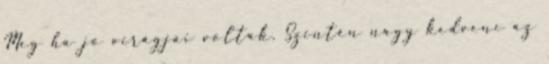
Meg ha jó virágjai voltak. Szintén nagy kedvenc az